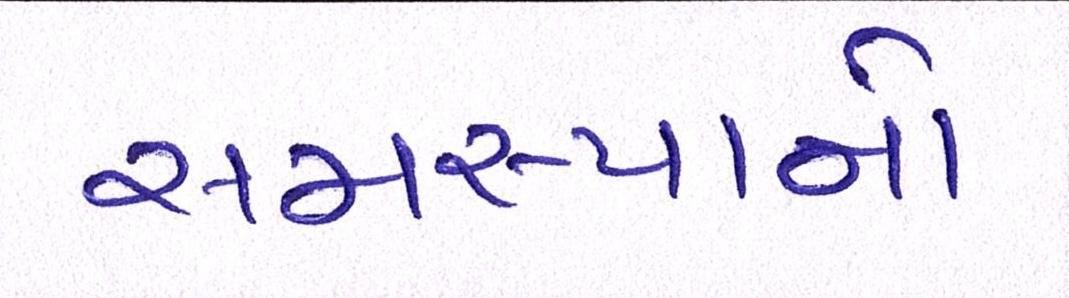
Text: સમસ્યાનો